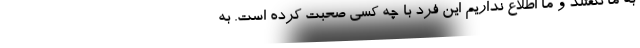
به ما نگفتند و ما اطلاع نداریم این فرد با چه کسی صحبت کرده است. به